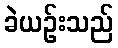
ခဲယဉ်းသည်